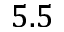
5 . 5